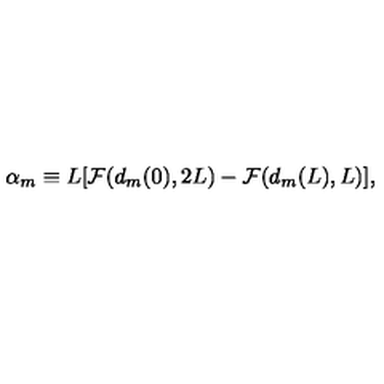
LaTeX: { \alpha } _ { m } \equiv L [ { \cal F } ( d _ { m } ( 0 ) , 2 L ) - { \cal F } ( d _ { m } ( L ) , L ) ] ,